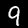
Digit: 9